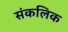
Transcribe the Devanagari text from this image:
संकलिक